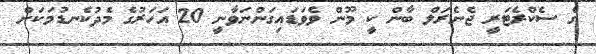
ގެ ސެކްރެޓަރީ ޖެނެރަލް ބާން ކީ މޫން ވެވަޑައިގަންނަވާނީ 20 އަހަރުގެ މެދުކެނޑުމަކަށް